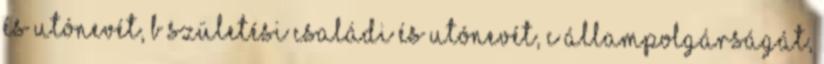
és utónevét, b születési családi és utónevét, c állampolgárságát,